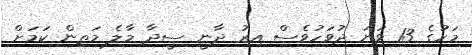
މަހުގެ 13 ވަނަ ދުވަހުވެސް އިރު ދާނީ ސީދާ މާލެ މަތިން ކަމަށް